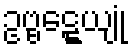
ဥဗ္ဗဋ္ဋေယျုံ